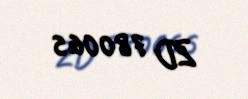
ZD 780065